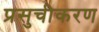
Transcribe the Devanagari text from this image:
प्रसुचीकरण